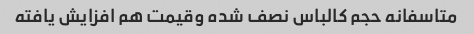
متاسفانه حجم کالباس نصف شده وقیمت هم افزایش یافته